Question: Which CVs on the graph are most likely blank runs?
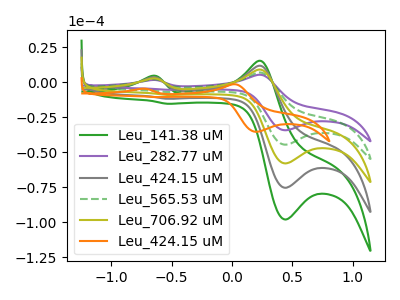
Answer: <think>The green curve "Leu_141.38 uM" has anodic peaks at (-0.65V, 8.20uA) (0.20V, 27.90uA) and cathodic peaks at (0.45V, -178.35uA) (-0.55V, -28.00uA). The purple curve "Leu_282.77 uM" has anodic peaks at (-0.65V, 1.60uA) (0.20V, 5.35uA) and cathodic peaks at (0.45V, -34.30uA) (-0.55V, -5.40uA). The gray curve "Leu_424.15 uM" has anodic peaks at (-0.65V, 6.15uA) (0.20V, 20.90uA) and cathodic peaks at (0.45V, -133.75uA) (-0.55V, -21.00uA). The green dashed curve "Leu_565.53 uM" has anodic peaks at (-0.65V, 2.05uA) (0.20V, 6.95uA) and cathodic peaks at (0.45V, -44.60uA) (-0.55V, -7.00uA). The olive curve "Leu_706.92 uM" has anodic peaks at (-0.65V, 4.10uA) (0.20V, 13.95uA) and cathodic peaks at (0.45V, -89.15uA) (-0.55V, -14.00uA). The orange curve "Leu_424.15 uM" has anodic peaks at (-0.75V, -4.65uA) (0.00V, -1.40uA) and cathodic peaks at (0.20V, -35.40uA) (-0.65V, -10.60uA).</think>
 <answer>There are not any CV's on this graph that are likely to be blanks.</answer>
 <eval>none</eval>